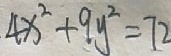
4 x ^ { 2 } + 9 y ^ { 2 } = 7 2